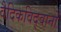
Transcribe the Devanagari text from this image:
वैदिकविद्वानों